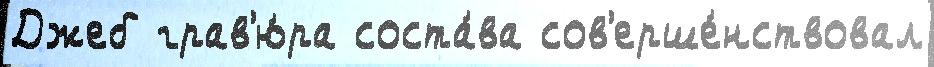
Джеб грав'ю́ра соста́ва сов'ерше́нствовал